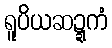
ရူပိယဆဍ္ဍကံ